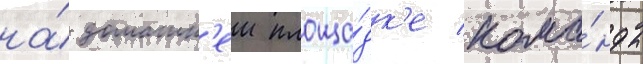
на́ домашн'еи площа́дк'е кома́нды